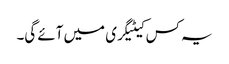
یہ کس کیٹیگری میں آئے گی۔